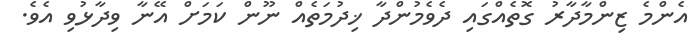
އެންމެ ޒިންމާދާރު ގޮތެއްގައި ދެވެމުންދާ ޚިދުމަތެއް ނޫން ކަމަށް އޭނާ ވިދާޅުވި އެވެ.